Scottish Leaving Certificate Examination, 1960
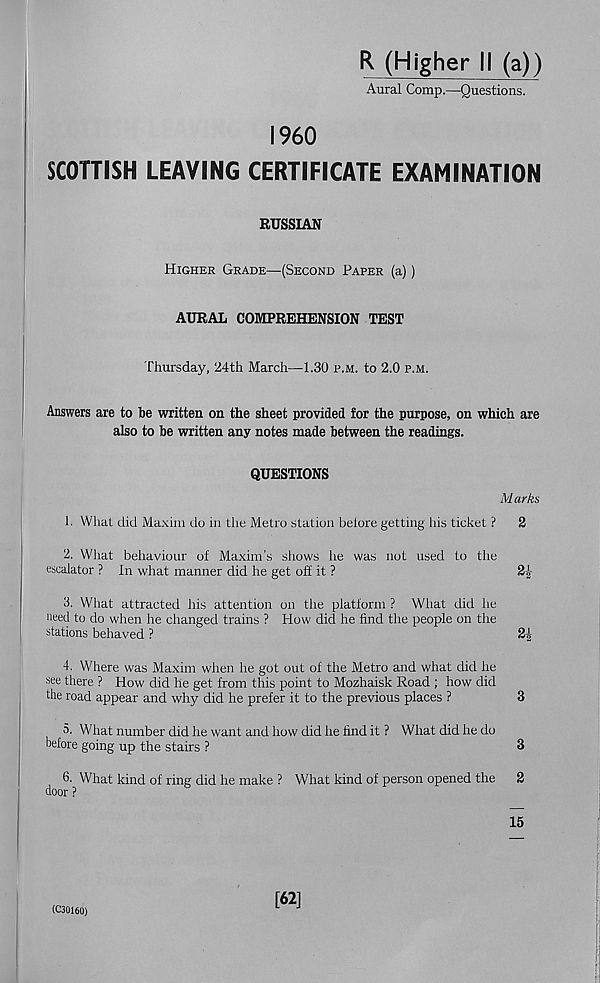
R (Higher II (a))
Aural Comp.—Questions.
I960
SCOTTISH LEAVING CERTIFICATE EXAMINATION
RUSSIAN
Higher Grade—(Second Paper (a))
AURAL COMPREHENSION TEST
Thursday, 24th March—1.30 p.m. to 2.0 p.m.
Answers are to be written on the sheet provided for the purpose, on which are
also to be written any notes made between the readings.
QUESTIONS
M arks
1. What did Maxim do in the Metro station belore getting his ticket ? 2
2. What behaviour of Maxim’s shows he was not used to the
escalator ? In what manner did he get off it ?
21-
3. What attracted his attention on the platform ? What did he
need to do when he changed trains ? How did he find the people on the
stations behaved ?
2^
4. Where was Maxim when he got out of the Metro and what did he
see there ? How did he get from this point to Mozhaisk Road ; how did
the road appear and why did he prefer it to the previous places ?
3
5. What number did he want and how did he find it ? What did he do
before going up the stairs ?
3
6. What kind of ring did he make ? What kind of person opened the 2
door ?
15
(C30160)
[62]